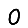
Digit: 0